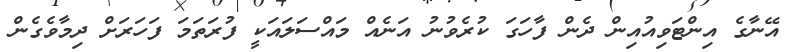
އޭނާގެ އިންޓަވިއުއިން ދެން ފާހަގަ ކުރެވުނު އަނެއް މައްސަލައަކީ ފުރަތަމަ ފަހަރަށް ދިމާވެގެން